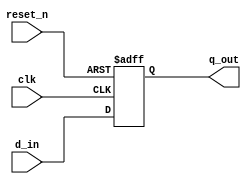
`timescale 1ns / 1ps
//////////////////////////////////////////////////////////////////////////////////
// Company: 
// Engineer: 
// 
// Design Name: 
// Module Name: lab_45_specify
// Project Name: 
// Target Devices: 
// Tool Versions: 
// Description: 
// 
// Dependencies: 
// 
// Revision:
// Revision 0.01 - File Created
// Additional Comments:
// 
//////////////////////////////////////////////////////////////////////////////////



module lab_45_specify(
                        input [7:0]d_in,
                        input clk,
                        input reset_n,
                        output reg [7:0]q_out
    );
always @(posedge clk or negedge reset_n)
begin
    if(!reset_n)
        q_out <= 8'b0;
    else
        begin
            q_out <= d_in;
        end
end

specify
    
    specparam c_to_q = 2;
 // specparam tsu = 1;
    (clk => q_out) = c_to_q;
    
endspecify    

endmodule